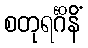
စတုရင်္ဂိနိံ